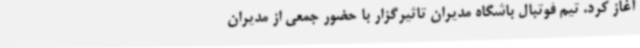
آغاز کرد. تیم فوتبال باشگاه مدیران تاثیرگزار با حضور جمعی از مدیران